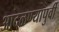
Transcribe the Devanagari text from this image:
आदळण्यापुर्वी